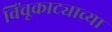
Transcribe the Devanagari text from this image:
विंचूकाट्याच्या